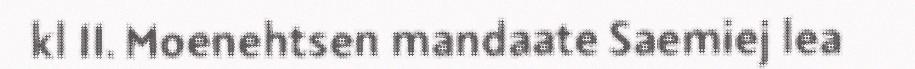
kl 11. ​​Moenehtsen mandaate Saemiej lea